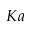
K a